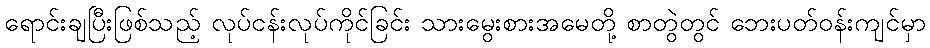
ရောင်းချပြီးဖြစ်သည့် လုပ်ငန်းလုပ်ကိုင်ခြင်း သားမွေးစားအမေတို့ စာတွဲတွင် ဘေးပတ်ဝန်းကျင်မှာ